Lunatic asylums Madras 1877-1891 - 1877-1891
Year: 1877
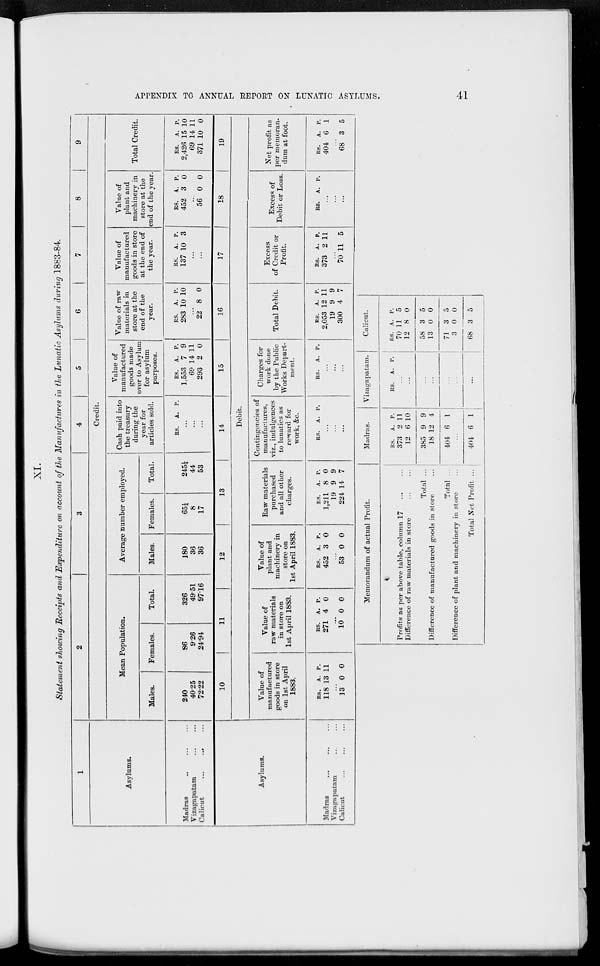
APPENDIX TO ANNUAL REPORT ON LUNATIC ASYLUMS.
41
XI.
Statement showing Receipts and Expenditure on account of the Manufactures in the Lunatic Asylums during 1883-84.
1
Asylums.
Madras ... ... ...
Vizagapatam ... ...
Calicut ... ...
...
2
3
4
5
6
7
8
9
Credit.
Mean Population.
Males.
240
40.25
72.22
Females.
86
9.26
24.94
Total.
326
49.51
97.16
Average number employed.
Males.
180
36
36
Females.
65¼
8
17
Total.
245¼
44
53
Cash paid into
the treasury
during the
year for
articles sold.
RS.
A. P.
...
...
...
Value of
manufactured
goods made
over to Asylum
for asylum
purposes.
RS.
1,553
69
293
A.
7
14
2
P.
9
11
0
Value of raw
materials in
store at the
end of the
year.
RS.
283
A.
10
P.
10
...
22 8 0
Value of
manufactured
goods in store
at the end of
the year.
RS.
137
A.
10
P.
3
...
...
Value of
plant and
machinery in
store at the
end of the year.
RS.
452
A.
3
P.
0
...
56 0 0
Total Credit.
RS.
2,426
69
371
A.
15
14
10
P.
10
11
0
Asylums.
Madras ... ... ...
Vizagapatam ... ...
Calicut ... ... ...
10
11
12
13
14
15
16
17
18
19
Debit.
Value of
manufactured
goods in store
on 1st April
1883.
RS.
118
A.
13
P.
11
...
13 0 0
Value of
raw materials
in store on
1st April 1883.
RS.
271
A.
4
P.
0
...
10 0 0
Value of
plant and
machinery in
store on
1st April 1883.
RS.
452
A.
3
P.
0
...
53 0 0
Raw materials
purchased
and all other
charges.
RS.
1,211
19
224
A.
8
9
14
P.
0
9
7
Contingencies of
manufactures,
viz., indulgences
to lunatics as
reward for
work, &c.
RS.
A. P.
...
...
...
Charges for
work done
by the Public
Works Depart-
ment.
RS.
A. P.
...
...
...
Total Debit.
RS.
2,053
19
300
A.
12
9
4
P.
11
9
7
Excess
of Credit or
Profit.
RS.
373
A.
2
P.
11
...
70 11 5
Excess of
Debit or Loss.
RS.
A. P.
...
...
...
Net profit as
per memoran-
dum at foot.
RS.
404
A.
6
P.
1
...
68 3 5
Memorandum of actual Profit.
Profits as per above table, column 17 ... ...
Difference of raw materials in store ... ...
Total ...
Difference of manufactured goods in store ...
Total ...
Difference of plant and machinery in store ...
Total Net Profit ...
Madras.
RS.
373
12
385
18
404
A.
2
6
9
12
6
P.
11
10
9
4
1
...
404 6 1
Vizagapatam.
RS.
A. P.
...
...
...
...
...
...
...
Calicut.
RS.
70
12
58
13
71
3
68
A.
11
8
3
0
3
0
3
P.
5
0
5
0
5
0
5